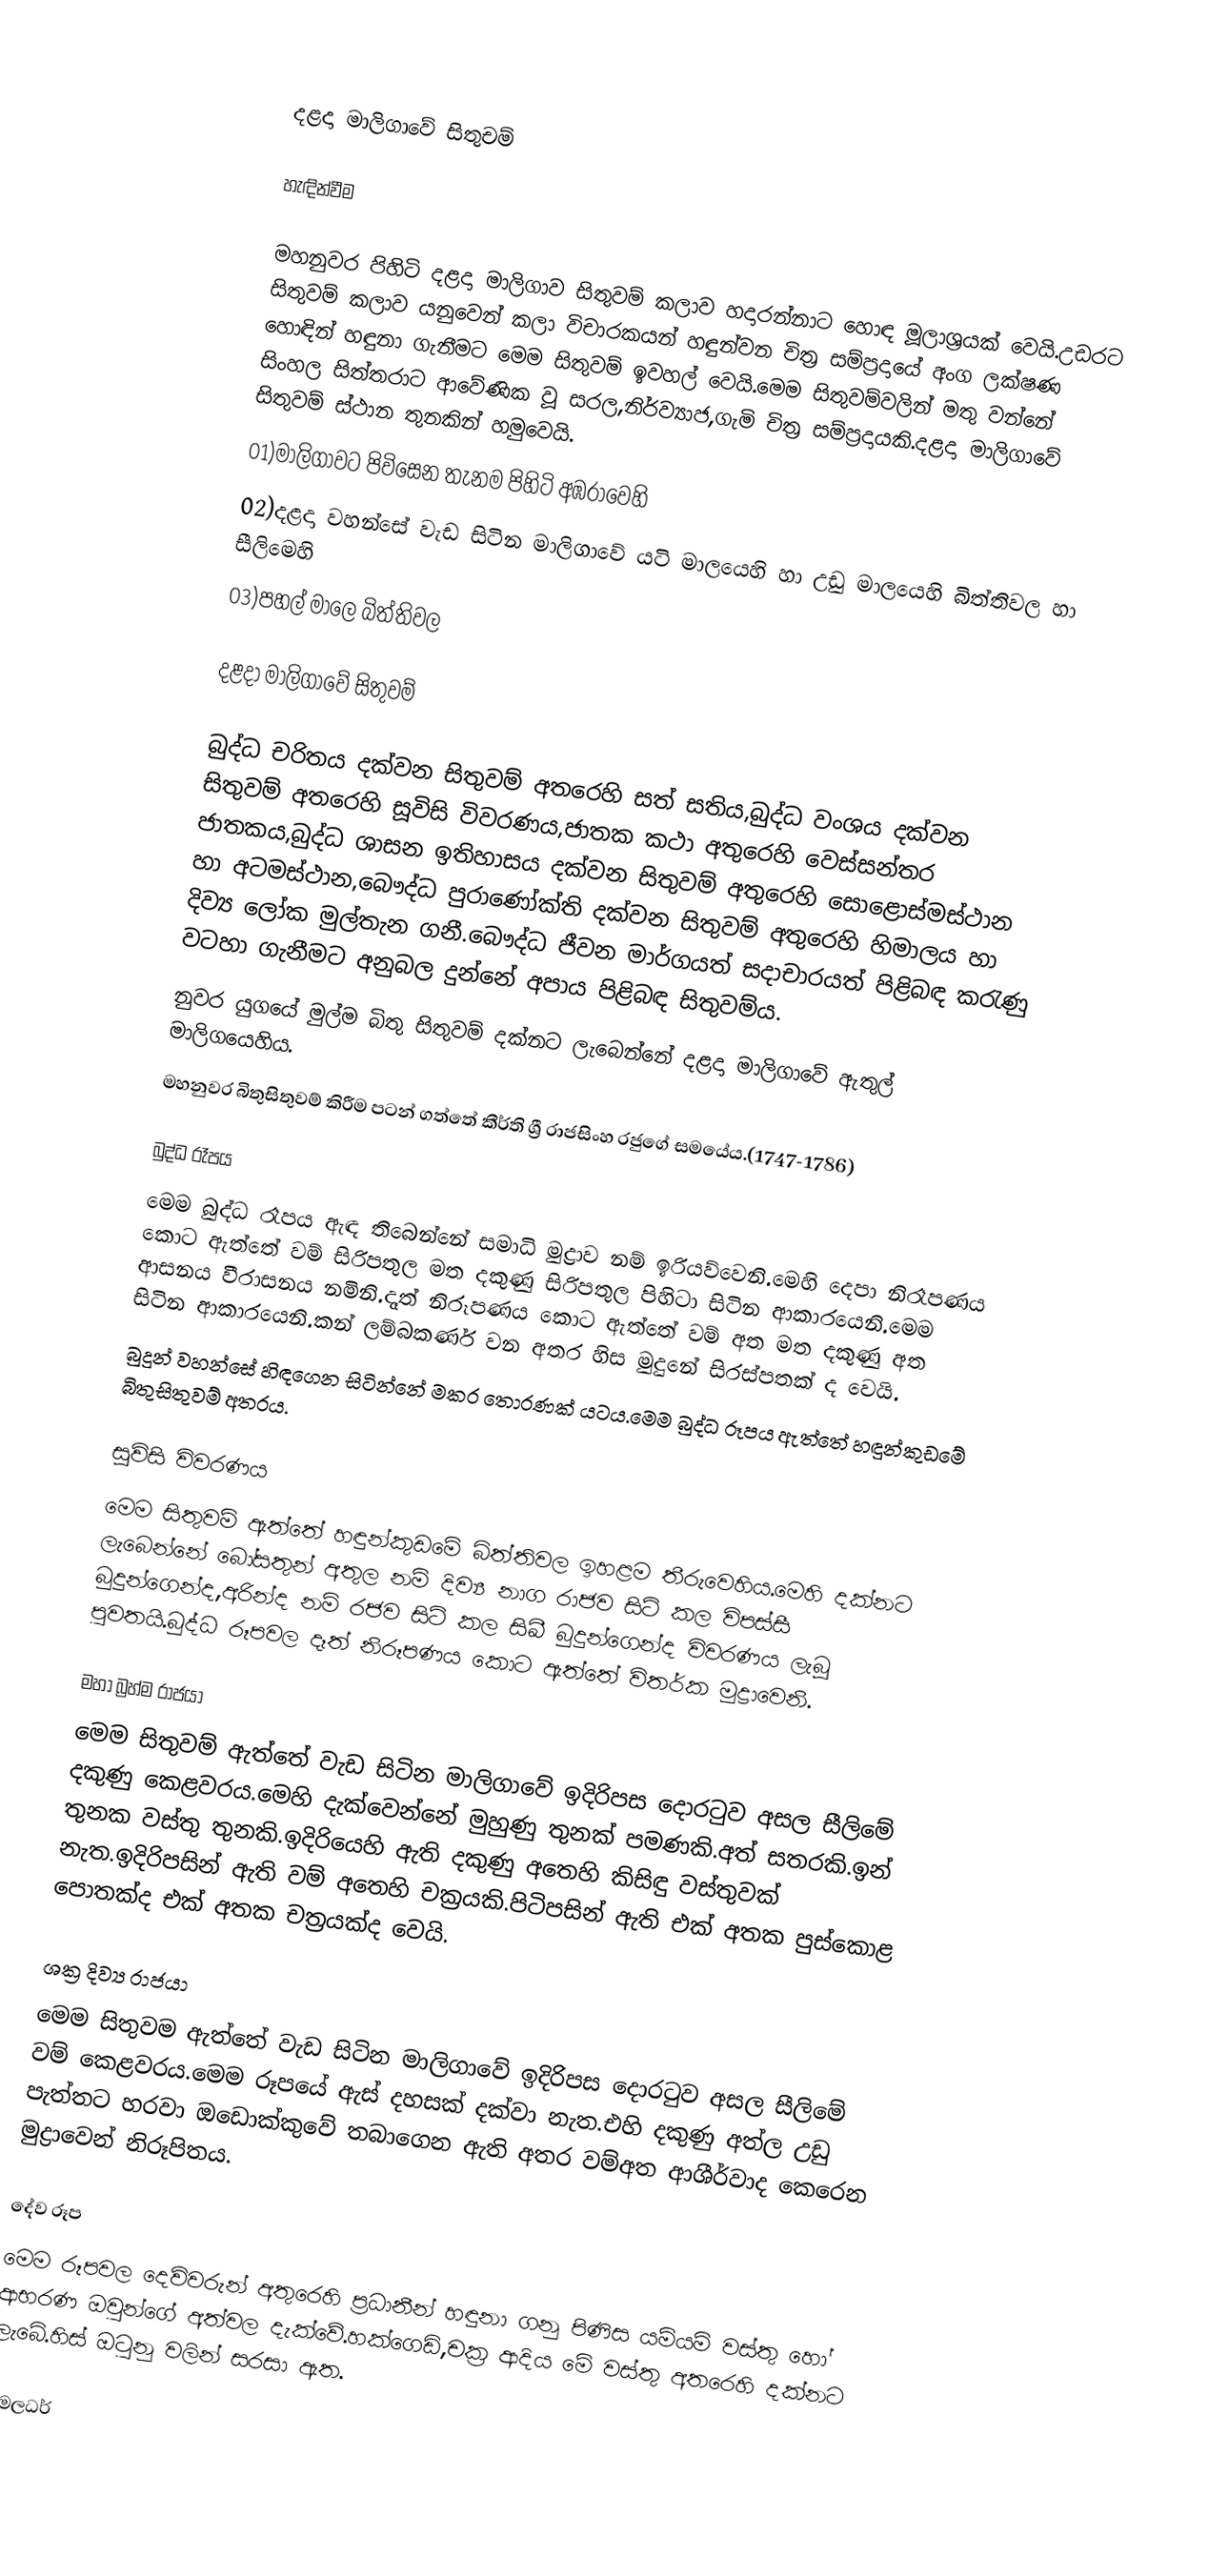

දළදා මාලිගාවේ සිතුචම්

හැඳින්වීම

මහනුවර පිහිටි දළදා මාලිගාව සිතුවම් කලාව හදාරන්නාට හොඳ මූලාශ්‍රයක් වෙයි.උඩරට සිතුවම් කලාව යනුවෙන් කලා විචාරකයන් හඳුන්වන චිත්‍ර සම්ප්‍රදායේ අංග ලක්ෂණ හොඳින් හඳුනා ගැනීමට මෙ‍ම සිතුවම් ඉවහල් වෙයි.මෙම සිතුවම්වලින් මතු වන්නේ සිංහල සිත්තරාට ආවේණික වූ සරල,නිර්ව්‍යාජ,ගැමි චිත්‍ර සම්ප්‍රදායකි.දළදා මාලිගාවේ සිතුවම් ස්ථාන තුනකින් හමුවෙයි.
01)මාලිගාවට පිවිසෙන තැනම පිහිටි අඹරාවෙහි
02)දළදා වහන්සේ වැඩ සිටින මාලිගාවේ යටි මාලයෙහි හා උඩු මාලයෙහි බිත්තිවල හා සීලිමෙහි
03)පහල්  මාලෙ බිත්තිවල

දළදා මාලිගාවේ සිතුවම්

බුද්ධ චරිතය දක්වන සිතුවම් අතරෙහි සත් සතිය,බුද්ධ වංශය දක්වන සිතුවම් අතරෙහි සූවිසි විවරණය,ජාතක කථා අතුරෙහි වෙස්සන්තර ජාතකය,බුද්ධ ශාසන ඉතිහාසය දක්වන සිතුවම් අතුරෙහි‍ සොළොස්මස්ථාන හා අටමස්ථාන,බෞද්ධ පුරාණෝක්ති දක්වන සිතුවම් අතුරෙහි හිමාලය හා දිව්‍ය ලෝක මුල්තැන ගනී.බෞද්ධ ජීවන මාර්ගයත් සදාචාරයත් පිළිබඳ කරැණු වටහා ගැනීමට අනුබල දුන්නේ අපාය පිළිබඳ සිතුවම්ය.
නුවර යුගයේ මුල්ම බිතු සිතුවම් දක්නට ලැබෙන්නේ දළදා මාලිගාවේ ඇතුල් මාලිගයෙහිය.
මහනුවර බිතුසිතුවම් කිරීම පටන් ගත්තේ කීර්ති ශ්‍රී රාජසිංහ රජුගේ සමයේය.(1747-1786)

බුද්ධ රෑපය
මෙම බුද්ධ රෑපය ඇඳ තිබෙන්නේ සමාධි මුද්‍රාව නම් ඉරියව්වෙනි.මෙහි දෙපා නිරෑපණය කොට ඇත්තේ වම් සිරිපතුල මත දකුණු සිරිපතුල පිහි‍ටා සිටින ආකාරයෙනි.මෙම ආසනය වීරාසනය නමිනි.දෑත් නිරූපණය කොට ඇත්තේ වම් අත මත දකුණු අත සිටින ආකාරයෙනි.කන් ලම්බකර්ණ වන අතර හිස මුදුනේ සිරස්පතක් ද වෙයි.
බුදුන් වහන්සේ හිඳගෙන සිටින්නේ මකර තොරණක් යටය.මෙම බුද්ධ රූපය ඇත්තේ හඳුන්කුඩමේ බිතුසිතුවම් අතරය.

සූවිසි විවරණය
මෙම සිතුවම් ඇත්තේ හඳුන්කුඩමේ බිත්තිවල ඉහළම තීරුවෙහිය.මෙහි දක්නට ලැබෙන්නේ බෝසතුන් අතුල නම් දිව්‍ය නාග රාජව සිටි කල විපස්සී බුදුන්ගෙන්ද,අරින්ද නම් රජව සිටි කල සිඛී බුදුන්ගෙන්ද විවරණය ලැබූ පුවතයි.බුද්ධ රූපවල දෑත් නිරූපණය කොට ඇත්තේ විතර්ක මුද්‍රාවෙනි.

මහා බ්‍රහ්ම රාජයා
මෙම සිතුවම් ඇත්තේ වැඩ සිටින මාලිගාවේ ඉදිරිපස දොරටුව අසල සීලිමේ දකුණු කෙළවරය.මෙහි දැක්වෙන්නේ මුහුණු තුනක් පමණකි.අත් සතරකි.ඉන් තුනක වස්තු තුනකි.ඉදිරියෙහි ඇති දකුණු අතෙහි කිසිඳු වස්තුවක් නැත.ඉදිරිපසින් ඇති වම් අතෙහි චක්‍රයකි.පිටිපසින් ඇති එක් අතක පුස්කොළ පොතක්ද එක් අතක චත්‍රයක්ද වෙයි.

ශක්‍ර දිව්‍ය රාජයා
මෙම සිතුවම ඇත්තේ වැඩ සිටින මාලිගාවේ ඉදිරිපස දොරටුව අසල සීලිමේ වම් කෙළවරය.මෙම රූපයේ ඇස් දහසක් දක්වා නැත.එහි දකුණු අත්ල උඩු පැත්තට හරවා ඔ‍ඩොක්කුවේ තබාගෙන ඇති අතර වම්අත ආශීර්වාද කෙරෙන මුද්‍රාවෙන් නිරූපිතය.

දේව රූප
මෙම රූපවල දෙවිවරුන් අතුරෙහි ප්‍රධානීන් හඳුනා ගනු පිණිස යම්යම් වස්තු හෝ ආභරණ ඔවුන්ගේ අත්වල දැක්වේ.හක්ගෙඩි,චක්‍ර ආදිය මේ වස්තු අතරෙහි දක්නට ලැබේ.හිස් ඔටුනු වලින් සරසා ඇත.

විමලධර්